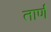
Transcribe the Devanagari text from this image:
तार्णं